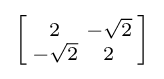
\left[{\begin{smallmatrix}2&-{\sqrt {2}}\\-{\sqrt {2}}&2\end{smallmatrix}}\right]